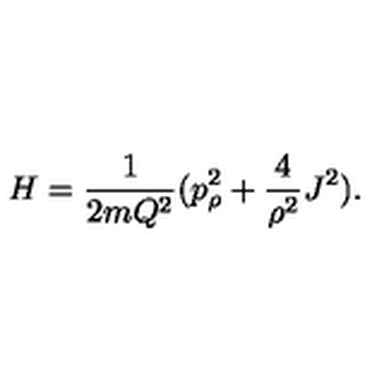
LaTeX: H = \frac { 1 } { 2 m Q ^ { 2 } } ( p _ { \rho } ^ { 2 } + \frac { 4 } { \rho ^ { 2 } } J ^ { 2 } ) .